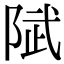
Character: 陚